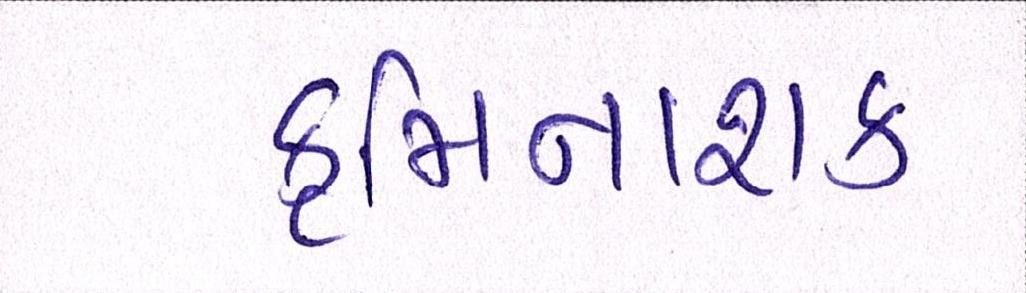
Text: કૃમિનાશક